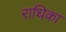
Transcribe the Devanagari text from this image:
ऱाधिका